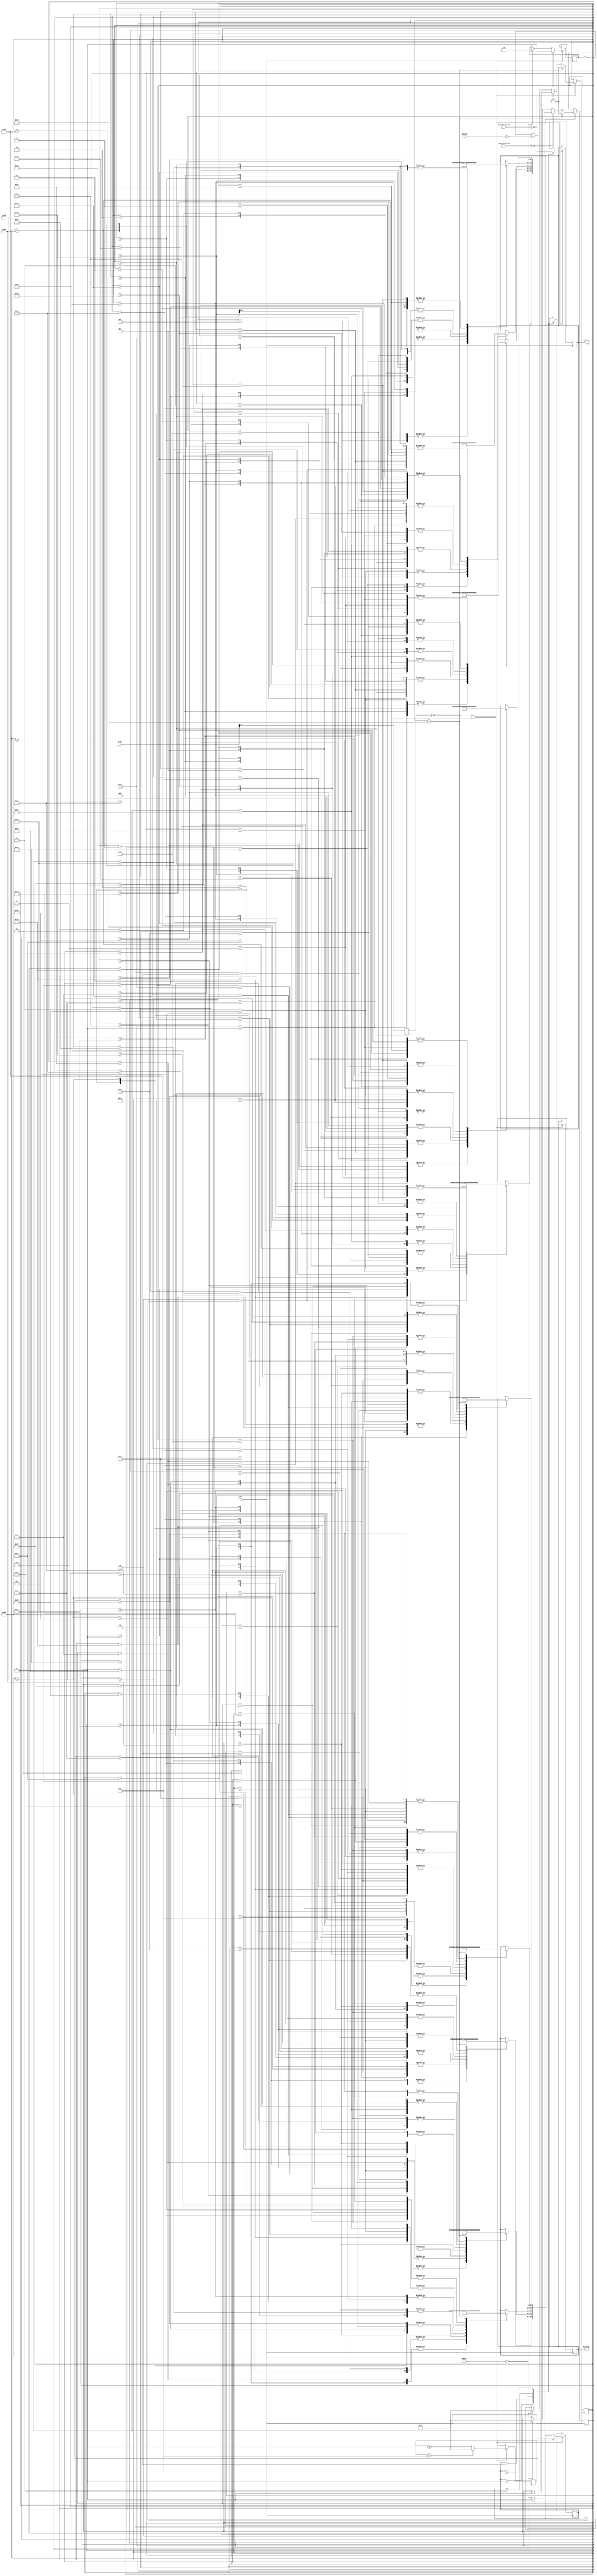
module Pattern(input clk, input [24:0] Clks,Reset,input [15:0] PipesPosition1,input [15:0] PipesPosition2,Button,output reg [15:0] Pattern1,output reg [15:0] Pattern2);

reg  [15:0] i = 1;
reg  [15:0] j = 1;
reg  [15:0] Random = 0;
reg  [15:0] Pattern;
reg  Start = 0;

always @ (posedge clk) begin : pattern1
	reg old_clks16;
	old_clks16 <= Clks[16];

	if (~old_clks16 && Clks[16]) begin
		if (!Reset) begin
			i <= 1;
			j <= 1;
			Random <= 0;
			Start <= 0;
		end

		if (Random == 5) Random <= 1;
		else Random <= Random + 1'd1;

		if (Start == 0 && !Button) begin Start <= 1; Pattern <= Random; end

		if (PipesPosition1 == 0) i <= i+ 1'd1;
		if (PipesPosition2 == 0) j <= j+ 1'd1;
		if (j == 50) begin i <= 16'd0;  j <= 16'd0; end

	case (Pattern)
	1 : begin
								case (i)
							1	: Pattern1 <=	80	;
							2	: Pattern1 <=	80	;
							3	: Pattern1 <=	110	;
							4	: Pattern1 <=	160	;
							5	: Pattern1 <=	120	;
							6	: Pattern1 <=	140	;
							7	: Pattern1 <=	80	;
							8	: Pattern1 <=	40	;
							9	: Pattern1 <=	80	;
							10	: Pattern1 <=	120	;
							11	: Pattern1 <=	160	;
							12	: Pattern1 <=	140	;
							13	: Pattern1 <=	100	;
							14	: Pattern1 <=	60	;
							15	: Pattern1 <=	160	;
							16	: Pattern1 <=	120	;
							17	: Pattern1 <=	80	;
							18	: Pattern1 <=	40	;
							19	: Pattern1 <=	60	;
							20	: Pattern1 <=	100	;
							21	: Pattern1 <=	140	;
							22	: Pattern1 <=	100	;
							23	: Pattern1 <=	100	;
							24	: Pattern1 <=	60	;
							25	: Pattern1 <=	100	;
							26	: Pattern1 <=	100	;
							27	: Pattern1 <=	140	;
							28	: Pattern1 <=	100	;
							29	: Pattern1 <=	160	;
							30	: Pattern1 <=	160	;
							31	: Pattern1 <=	140	;
							32	: Pattern1 <=	120	;
							33	: Pattern1 <=	140	;
							34	: Pattern1 <=	80	;
							35	: Pattern1 <=	60	;
							36	: Pattern1 <=	140	;
							37	: Pattern1 <=	80	;
							38	: Pattern1 <=	140	;
							39	: Pattern1 <=	80	;
							40	: Pattern1 <=	60	;
							41	: Pattern1 <=	120	;
							42	: Pattern1 <=	140	;
							43	: Pattern1 <=	160	;
							44	: Pattern1 <=	120	;
							45	: Pattern1 <=	100	;
							46	: Pattern1 <=	40	;
							47	: Pattern1 <=	80	;
							48	: Pattern1 <=	160	;
							49	: Pattern1 <=	80	;
							50	: Pattern1 <=	160	;
								endcase

								case (j)
							1	: Pattern2 <=	140	;
							2	: Pattern2 <=	40	;
							3	: Pattern2 <=	80	;
							4	: Pattern2 <=	120	;
							5	: Pattern2 <=	40	;
							6	: Pattern2 <=	60	;
							7	: Pattern2 <=	80	;
							8	: Pattern2 <=	60	;
							9	: Pattern2 <=	100	;
							10	: Pattern2 <=	140	;
							11	: Pattern2 <=	160	;
							12	: Pattern2 <=	120	;
							13	: Pattern2 <=	80	;
							14	: Pattern2 <=	40	;
							15	: Pattern2 <=	140	;
							16	: Pattern2 <=	100	;
							17	: Pattern2 <=	60	;
							18	: Pattern2 <=	40	;
							19	: Pattern2 <=	80	;
							20	: Pattern2 <=	120	;
							21	: Pattern2 <=	160	;
							22	: Pattern2 <=	100	;
							23	: Pattern2 <=	60	;
							24	: Pattern2 <=	60	;
							25	: Pattern2 <=	100	;
							26	: Pattern2 <=	140	;
							27	: Pattern2 <=	140	;
							28	: Pattern2 <=	40	;
							29	: Pattern2 <=	40	;
							30	: Pattern2 <=	100	;
							31	: Pattern2 <=	80	;
							32	: Pattern2 <=	80	;
							33	: Pattern2 <=	160	;
							34	: Pattern2 <=	80	;
							35	: Pattern2 <=	80	;
							36	: Pattern2 <=	160	;
							37	: Pattern2 <=	100	;
							38	: Pattern2 <=	60	;
							39	: Pattern2 <=	40	;
							40	: Pattern2 <=	40	;
							41	: Pattern2 <=	60	;
							42	: Pattern2 <=	80	;
							43	: Pattern2 <=	60	;
							44	: Pattern2 <=	40	;
							45	: Pattern2 <=	120	;
							46	: Pattern2 <=	120	;
							47	: Pattern2 <=	60	;
							48	: Pattern2 <=	80	;
							49	: Pattern2 <=	160	;
							50	: Pattern2 <=	395	;
								endcase
								end
	2 : begin
						case (i)
						1	: Pattern1 <=	40	;
						2	: Pattern1 <=	60	;
						3	: Pattern1 <=	80	;
						4	: Pattern1 <=	60	;
						5	: Pattern1 <=	40	;
						6	: Pattern1 <=	120	;
						7	: Pattern1 <=	120	;
						8	: Pattern1 <=	60	;
						9	: Pattern1 <=	80	;
						10	: Pattern1 <=	160	;
						11	: Pattern1 <=	140	;
						12	: Pattern1 <=	120	;
						13	: Pattern1 <=	140	;
						14	: Pattern1 <=	80	;
						15	: Pattern1 <=	60	;
						16	: Pattern1 <=	140	;
						17	: Pattern1 <=	80	;
						18	: Pattern1 <=	140	;
						19	: Pattern1 <=	80	;
						20	: Pattern1 <=	60	;
						21	: Pattern1 <=	40	;
						22	: Pattern1 <=	40	;
						23	: Pattern1 <=	100	;
						24	: Pattern1 <=	100	;
						25	: Pattern1 <=	60	;
						26	: Pattern1 <=	60	;
						27	: Pattern1 <=	100	;
						28	: Pattern1 <=	140	;
						29	: Pattern1 <=	140	;
						30	: Pattern1 <=	140	;
						31	: Pattern1 <=	100	;
						32	: Pattern1 <=	60	;
						33	: Pattern1 <=	40	;
						34	: Pattern1 <=	80	;
						35	: Pattern1 <=	120	;
						36	: Pattern1 <=	160	;
						37	: Pattern1 <=	60	;
						38	: Pattern1 <=	100	;
						39	: Pattern1 <=	140	;
						40	: Pattern1 <=	160	;
						41	: Pattern1 <=	120	;
						42	: Pattern1 <=	80	;
						43	: Pattern1 <=	40	;
						44	: Pattern1 <=	140	;
						45	: Pattern1 <=	40	;
						46	: Pattern1 <=	80	;
						47	: Pattern1 <=	120	;
						48	: Pattern1 <=	40	;
						49	: Pattern1 <=	60	;
						50	: Pattern1 <=	80	;
						endcase
						case (j)
						1	: Pattern2 <=	120	;
						2	: Pattern2 <=	140	;
						3	: Pattern2 <=	160	;
						4	: Pattern2 <=	120	;
						5	: Pattern2 <=	100	;
						6	: Pattern2 <=	40	;
						7	: Pattern2 <=	80	;
						8	: Pattern2 <=	160	;
						9	: Pattern2 <=	80	;
						10	: Pattern2 <=	160	;
						11	: Pattern2 <=	80	;
						12	: Pattern2 <=	80	;
						13	: Pattern2 <=	160	;
						14	: Pattern2 <=	80	;
						15	: Pattern2 <=	80	;
						16	: Pattern2 <=	160	;
						17	: Pattern2 <=	100	;
						18	: Pattern2 <=	60	;
						19	: Pattern2 <=	40	;
						20	: Pattern2 <=	100	;
						21	: Pattern2 <=	160	;
						22	: Pattern2 <=	160	;
						23	: Pattern2 <=	100	;
						24	: Pattern2 <=	100	;
						25	: Pattern2 <=	60	;
						26	: Pattern2 <=	100	;
						27	: Pattern2 <=	100	;
						28	: Pattern2 <=	140	;
						29	: Pattern2 <=	160	;
						30	: Pattern2 <=	120	;
						31	: Pattern2 <=	80	;
						32	: Pattern2 <=	40	;
						33	: Pattern2 <=	60	;
						34	: Pattern2 <=	100	;
						35	: Pattern2 <=	140	;
						36	: Pattern2 <=	40	;
						37	: Pattern2 <=	80	;
						38	: Pattern2 <=	120	;
						39	: Pattern2 <=	160	;
						40	: Pattern2 <=	140	;
						41	: Pattern2 <=	100	;
						42	: Pattern2 <=	60	;
						43	: Pattern2 <=	80	;
						44	: Pattern2 <=	80	;
						45	: Pattern2 <=	110	;
						46	: Pattern2 <=	160	;
						47	: Pattern2 <=	120	;
						48	: Pattern2 <=	140	;
						49	: Pattern2 <=	80	;
						50	: Pattern2 <=	395	;
						endcase
		end


	3 : begin

							case (i)
									1	: Pattern1 <=	160;
							2	: Pattern1 <=	120;
							3	: Pattern1 <=	80;
							4	: Pattern1 <=	40;
							5	: Pattern1 <=	60;
							6	: Pattern1 <=	100;
							7	: Pattern1 <=	140;
							8	: Pattern1 <=	100;
							9	: Pattern1 <=	100;
							10	: Pattern1 <=	60;
							11	: Pattern1 <=	100;
							12	: Pattern1 <=	100;
							13	: Pattern1 <=	140;
							14	: Pattern1 <=	140;
							15	: Pattern1 <=	120;
							16	: Pattern1 <=	140;
							17	: Pattern1 <=	80;
							18	: Pattern1 <=	60;
							19	: Pattern1 <=	140;
							20	: Pattern1 <=	80;
							21	: Pattern1 <=	140;
							22	: Pattern1 <=	80;
							23	: Pattern1 <=	60;
							24	: Pattern1 <=	60;
							25	: Pattern1 <=	100;
							26	: Pattern1 <=	140;
							27	: Pattern1 <=	160;
							28	: Pattern1 <=	120;
							29	: Pattern1 <=	80;
							30	: Pattern1 <=	40;
							31	: Pattern1 <=	120;
							32	: Pattern1 <=	140;
							33	: Pattern1 <=	160;
							34	: Pattern1 <=	120;
							35	: Pattern1 <=	100;
							36	: Pattern1 <=	40;
							37	: Pattern1 <=	80;
							38	: Pattern1 <=	160;
							39	: Pattern1 <=	80;
							40	: Pattern1 <=	160;
							41	: Pattern1 <=	140;
							42	: Pattern1 <=	40;
							43	: Pattern1 <=	80;
							44	: Pattern1 <=	120;
							45	: Pattern1 <=	40;
							46	: Pattern1 <=	60;
							47	: Pattern1 <=	80;
							48	: Pattern1 <=	40;
							49	: Pattern1 <=	40;
							50	: Pattern1 <=	100;
							endcase
							case (j)
							1	: Pattern2 <=	140	;
							2	: Pattern2 <=	100	;
							3	: Pattern2 <=	60	;
							4	: Pattern2 <=	40	;
							5	: Pattern2 <=	80	;
							6	: Pattern2 <=	120	;
							7	: Pattern2 <=	160	;
							8	: Pattern2 <=	100	;
							9	: Pattern2 <=	60	;
							10	: Pattern2 <=	60	;
							11	: Pattern2 <=	100	;
							12	: Pattern2 <=	140	;
							13	: Pattern2 <=	140	;
							14	: Pattern2 <=	80	;
							15	: Pattern2 <=	80	;
							16	: Pattern2 <=	160	;
							17	: Pattern2 <=	80	;
							18	: Pattern2 <=	80	;
							19	: Pattern2 <=	160	;
							20	: Pattern2 <=	100	;
							21	: Pattern2 <=	60	;
							22	: Pattern2 <=	40	;
							23	: Pattern2 <=	40	;
							24	: Pattern2 <=	80	;
							25	: Pattern2 <=	120	;
							26	: Pattern2 <=	160	;
							27	: Pattern2 <=	140	;
							28	: Pattern2 <=	100	;
							29	: Pattern2 <=	60	;
							30	: Pattern2 <=	40	;
							31	: Pattern2 <=	60	;
							32	: Pattern2 <=	80	;
							33	: Pattern2 <=	60	;
							34	: Pattern2 <=	40	;
							35	: Pattern2 <=	120	;
							36	: Pattern2 <=	120	;
							37	: Pattern2 <=	60	;
							38	: Pattern2 <=	80	;
							39	: Pattern2 <=	160	;
							40	: Pattern2 <=	80	;
							41	: Pattern2 <=	80	;
							42	: Pattern2 <=	110	;
							43	: Pattern2 <=	160	;
							44	: Pattern2 <=	120	;
							45	: Pattern2 <=	140	;
							46	: Pattern2 <=	80	;
							47	: Pattern2 <=	100	;
							48	: Pattern2 <=	160	;
							49	: Pattern2 <=	160	;
							50	: Pattern2 <=	395	;
							endcase
		end

	4 : begin
									case (i)
							1	: Pattern1 <=	40	;
							2	: Pattern1 <=	60	;
							3	: Pattern1 <=	80	;
							4	: Pattern1 <=	60	;
							5	: Pattern1 <=	40	;
							6	: Pattern1 <=	120	;
							7	: Pattern1 <=	120	;
							8	: Pattern1 <=	60	;
							9	: Pattern1 <=	80	;
							10	: Pattern1 <=	160	;
							11	: Pattern1 <=	100	;
							12	: Pattern1 <=	100	;
							13	: Pattern1 <=	60	;
							14	: Pattern1 <=	100	;
							15	: Pattern1 <=	100	;
							16	: Pattern1 <=	140	;
							17	: Pattern1 <=	140	;
							18	: Pattern1 <=	120	;
							19	: Pattern1 <=	140	;
							20	: Pattern1 <=	80	;
							21	: Pattern1 <=	60	;
							22	: Pattern1 <=	140	;
							23	: Pattern1 <=	80	;
							24	: Pattern1 <=	140	;
							25	: Pattern1 <=	80	;
							26	: Pattern1 <=	60	;
							27	: Pattern1 <=	140	;
							28	: Pattern1 <=	100	;
							29	: Pattern1 <=	60	;
							30	: Pattern1 <=	40	;
							31	: Pattern1 <=	80	;
							32	: Pattern1 <=	120	;
							33	: Pattern1 <=	160	;
							34	: Pattern1 <=	60	;
							35	: Pattern1 <=	100	;
							36	: Pattern1 <=	140	;
							37	: Pattern1 <=	160	;
							38	: Pattern1 <=	120	;
							39	: Pattern1 <=	80	;
							40	: Pattern1 <=	40	;
							41	: Pattern1 <=	40	;
							42	: Pattern1 <=	40	;
							43	: Pattern1 <=	100	;
							44	: Pattern1 <=	140	;
							45	: Pattern1 <=	40	;
							46	: Pattern1 <=	80	;
							47	: Pattern1 <=	120	;
							48	: Pattern1 <=	40	;
							49	: Pattern1 <=	60	;
							50	: Pattern1 <=	80	;
									endcase

									case (j)
									1	: Pattern2 <=	120	;
							2	: Pattern2 <=	140	;
							3	: Pattern2 <=	160	;
							4	: Pattern2 <=	120	;
							5	: Pattern2 <=	100	;
							6	: Pattern2 <=	40	;
							7	: Pattern2 <=	80	;
							8	: Pattern2 <=	160	;
							9	: Pattern2 <=	80	;
							10	: Pattern2 <=	160	;
							11	: Pattern2 <=	100	;
							12	: Pattern2 <=	60	;
							13	: Pattern2 <=	60	;
							14	: Pattern2 <=	100	;
							15	: Pattern2 <=	140	;
							16	: Pattern2 <=	140	;
							17	: Pattern2 <=	80	;
							18	: Pattern2 <=	80	;
							19	: Pattern2 <=	160	;
							20	: Pattern2 <=	80	;
							21	: Pattern2 <=	80	;
							22	: Pattern2 <=	160	;
							23	: Pattern2 <=	100	;
							24	: Pattern2 <=	60	;
							25	: Pattern2 <=	40	;
							26	: Pattern2 <=	160	;
							27	: Pattern2 <=	120	;
							28	: Pattern2 <=	80	;
							29	: Pattern2 <=	40	;
							30	: Pattern2 <=	60	;
							31	: Pattern2 <=	100	;
							32	: Pattern2 <=	140	;
							33	: Pattern2 <=	40	;
							34	: Pattern2 <=	80	;
							35	: Pattern2 <=	120	;
							36	: Pattern2 <=	160	;
							37	: Pattern2 <=	140	;
							38	: Pattern2 <=	100	;
							39	: Pattern2 <=	60	;
							40	: Pattern2 <=	100	;
							41	: Pattern2 <=	160	;
							42	: Pattern2 <=	160	;
							43	: Pattern2 <=	80	;
							44	: Pattern2 <=	80	;
							45	: Pattern2 <=	110	;
							46	: Pattern2 <=	160	;
							47	: Pattern2 <=	120	;
							48	: Pattern2 <=	140	;
							49	: Pattern2 <=	80	;
							50	: Pattern2 <=	395	;

									endcase
		end


	5 : begin
									case (i)
									1	: Pattern1 <=	140	;
							2	: Pattern1 <=	120	;
							3	: Pattern1 <=	140	;
							4	: Pattern1 <=	80	;
							5	: Pattern1 <=	60	;
							6	: Pattern1 <=	140	;
							7	: Pattern1 <=	80	;
							8	: Pattern1 <=	140	;
							9	: Pattern1 <=	80	;
							10	: Pattern1 <=	60	;
							11	: Pattern1 <=	100	;
							12	: Pattern1 <=	60	;
							13	: Pattern1 <=	60	;
							14	: Pattern1 <=	100	;
							15	: Pattern1 <=	140	;
							16	: Pattern1 <=	140	;
							17	: Pattern1 <=	120	;
							18	: Pattern1 <=	140	;
							19	: Pattern1 <=	160	;
							20	: Pattern1 <=	120	;
							21	: Pattern1 <=	100	;
							22	: Pattern1 <=	40	;
							23	: Pattern1 <=	80	;
							24	: Pattern1 <=	160	;
							25	: Pattern1 <=	80	;
							26	: Pattern1 <=	160	;
							27	: Pattern1 <=	140	;
							28	: Pattern1 <=	100	;
							29	: Pattern1 <=	60	;
							30	: Pattern1 <=	40	;
							31	: Pattern1 <=	80	;
							32	: Pattern1 <=	120	;
							33	: Pattern1 <=	160	;
							34	: Pattern1 <=	40	;
							35	: Pattern1 <=	40	;
							36	: Pattern1 <=	100	;
							37	: Pattern1 <=	140	;
							38	: Pattern1 <=	40	;
							39	: Pattern1 <=	80	;
							40	: Pattern1 <=	120	;
							41	: Pattern1 <=	40	;
							42	: Pattern1 <=	60	;
							43	: Pattern1 <=	80	;
							44	: Pattern1 <=	60	;
							45	: Pattern1 <=	100	;
							46	: Pattern1 <=	140	;
							47	: Pattern1 <=	160	;
							48	: Pattern1 <=	120	;
							49	: Pattern1 <=	80	;
							50	: Pattern1 <=	40	;
							endcase
							case (j)
							1	: Pattern2 <=	80	;
							2	: Pattern2 <=	80	;
							3	: Pattern2 <=	160	;
							4	: Pattern2 <=	80	;
							5	: Pattern2 <=	80	;
							6	: Pattern2 <=	160	;
							7	: Pattern2 <=	100	;
							8	: Pattern2 <=	60	;
							9	: Pattern2 <=	40	;
							10	: Pattern2 <=	100	;
							11	: Pattern2 <=	100	;
							12	: Pattern2 <=	60	;
							13	: Pattern2 <=	100	;
							14	: Pattern2 <=	100	;
							15	: Pattern2 <=	140	;
							16	: Pattern2 <=	40	;
							17	: Pattern2 <=	60	;
							18	: Pattern2 <=	80	;
							19	: Pattern2 <=	60	;
							20	: Pattern2 <=	40	;
							21	: Pattern2 <=	120	;
							22	: Pattern2 <=	120	;
							23	: Pattern2 <=	60	;
							24	: Pattern2 <=	80	;
							25	: Pattern2 <=	160	;
							26	: Pattern2 <=	160	;
							27	: Pattern2 <=	120	;
							28	: Pattern2 <=	80	;
							29	: Pattern2 <=	40	;
							30	: Pattern2 <=	60	;
							31	: Pattern2 <=	100	;
							32	: Pattern2 <=	140	;
							33	: Pattern2 <=	100	;
							34	: Pattern2 <=	160	;
							35	: Pattern2 <=	160	;
							36	: Pattern2 <=	80	;
							37	: Pattern2 <=	80	;
							38	: Pattern2 <=	110	;
							39	: Pattern2 <=	160	;
							40	: Pattern2 <=	120	;
							41	: Pattern2 <=	140	;
							42	: Pattern2 <=	80	;
							43	: Pattern2 <=	40	;
							44	: Pattern2 <=	80	;
							45	: Pattern2 <=	120	;
							46	: Pattern2 <=	160	;
							47	: Pattern2 <=	140	;
							48	: Pattern2 <=	100	;
							49	: Pattern2 <=	60	;
							50	: Pattern2 <=	395	;
							endcase

		end

	endcase
	end
end

endmodule